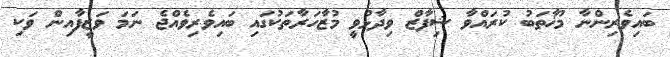
ބައިވެރިންނާ މުޚާތަބު ކުރައްވާ ޝިފާޒް ވިދާޅުވީ މުޒާހަރާތަކުގައި ބައިވެރިވެއްޖެ ނަމަ ވަޒީފާއިން ވަކި